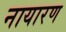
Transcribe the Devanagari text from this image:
नायारण